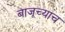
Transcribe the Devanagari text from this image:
बाजूच्याच